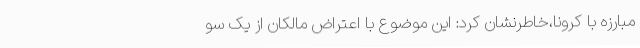
مبارزه با کرونا،خاطرنشان کرد: این موضوع با اعتراض مالکان از یک سو